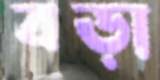
বড়া